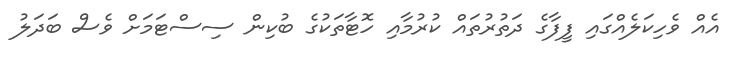
އެއް ވެހިކަލެއްގައި ފީފާގެ ދަތުރުތައް ކުރުމާއި ހޮޓާތަކުގެ ބުކިން ސިސްޓަމަށް ވެސް ބަދަލު